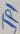
Text: JP1